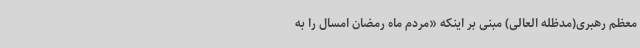
معظم رهبری(مدظله العالی) مبنی بر اینکه «مردم ماه رمضان امسال را به